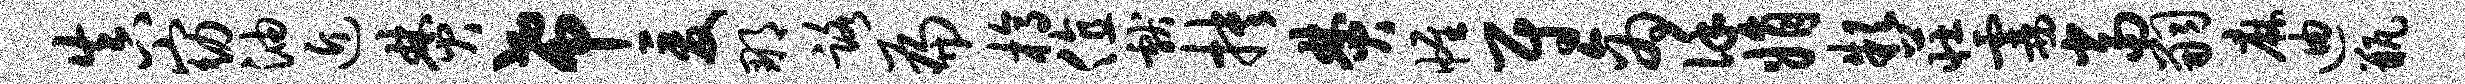
真窈油近焚希爰那路扁槁值献抉焚帷尉商谨娟款庄霎当嗣麻迪瓶